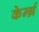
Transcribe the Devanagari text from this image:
केर्न्ग्र